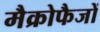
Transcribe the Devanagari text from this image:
मैक्रोफैजों